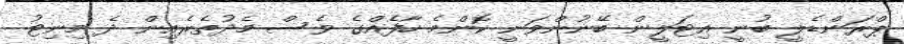
ޕްރަންޑެލީ ބުނީ އިޓަލީން ބޭނުންވަނީ ކޮންމެ ހާފެއްގެ ވެސް މެދުތެރެއިން ދެ މިނިޓު